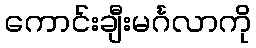
ကောင်းချီးမင်္ဂလာကို